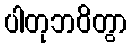
ပါတုဘဝိတွာ